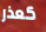
كعذر